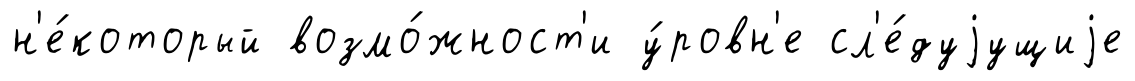
н'е́который возмо́жност'и у́ровн'е сл'е́дуjущиjе